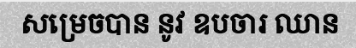
សម្រេចបាន នូវ ឧបចារ ឈាន